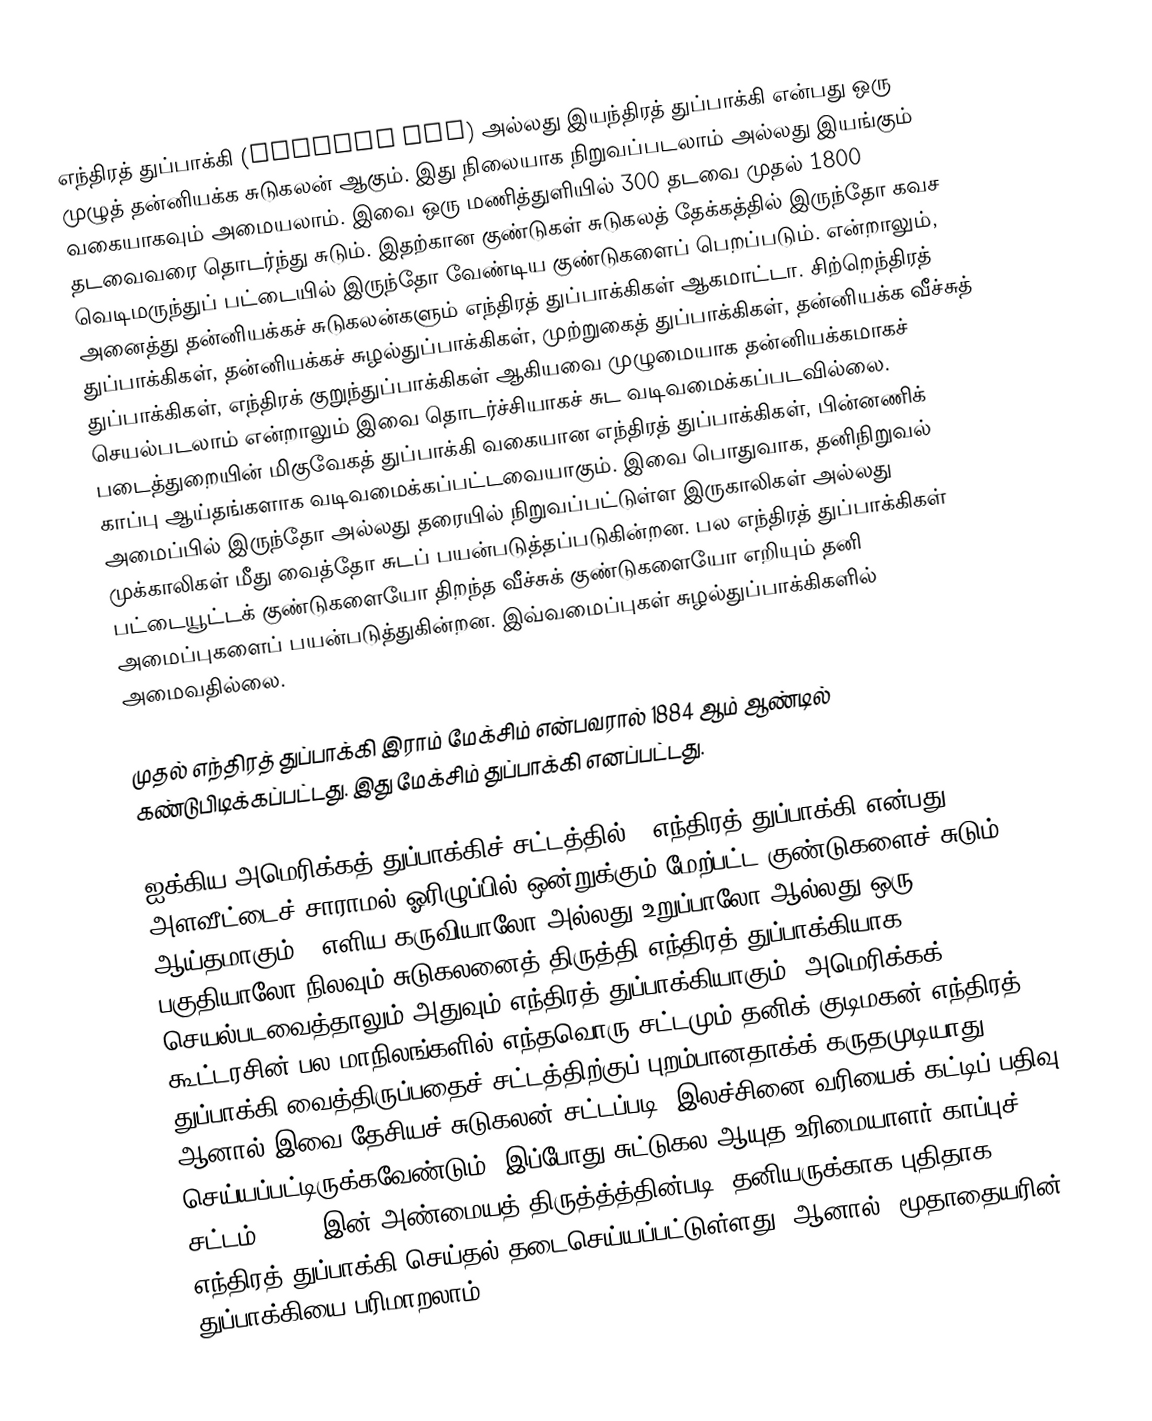
எந்திரத் துப்பாக்கி (machine gun) அல்லது இயந்திரத் துப்பாக்கி என்பது ஒரு முழுத் தன்னியக்க சுடுகலன் ஆகும். இது நிலையாக நிறுவப்படலாம் அல்லது இயங்கும் வகையாகவும் அமையலாம். இவை ஒரு மணித்துளியில் 300 தடவை முதல் 1800 தடவைவரை தொடர்ந்து சுடும். இதற்கான குண்டுகள் சுடுகலத் தேக்கத்தில் இருந்தோ கவச வெடிமருந்துப் பட்டையில் இருந்தோ வேண்டிய குண்டுகளைப் பெறப்படும்.  என்றாலும், அனைத்து தன்னியக்கச் சுடுகலன்களும் எந்திரத் துப்பாக்கிகள் ஆகமாட்டா. சிற்றெந்திரத் துப்பாக்கிகள், தன்னியக்கச் சுழல்துப்பாக்கிகள், முற்றுகைத் துப்பாக்கிகள், தன்னியக்க வீச்சுத் துப்பாக்கிகள், எந்திரக் குறுந்துப்பாக்கிகள் ஆகியவை முழுமையாக தன்னியக்கமாகச் செயல்படலாம் என்றாலும் இவை தொடர்ச்சியாகச் சுட வடிவமைக்கப்படவில்லை. படைத்துறையின் மிகுவேகத் துப்பாக்கி வகையான எந்திரத் துப்பாக்கிகள், பின்னணிக் காப்பு ஆய்தங்களாக வடிவமைக்கப்பட்டவையாகும். இவை பொதுவாக,  தனிநிறுவல் அமைப்பில் இருந்தோ அல்லது தரையில் நிறுவப்பட்டுள்ள இருகாலிகள் அல்லது முக்காலிகள் மீது வைத்தோ சுடப் பயன்படுத்தப்படுகின்றன. பல எந்திரத் துப்பாக்கிகள் பட்டையூட்டக் குண்டுகளையோ திறந்த வீச்சுக் குண்டுகளையோ எறியும் தனி அமைப்புகளைப் பயன்படுத்துகின்றன. இவ்வமைப்புகள் சுழல்துப்பாக்கிகளில் அமைவதில்லை.

முதல் எந்திரத் துப்பாக்கி இராம் மேக்சிம் என்பவரால் 1884 ஆம் ஆண்டில் கண்டுபிடிக்கப்பட்டது. இது மேக்சிம் துப்பாக்கி எனப்பட்டது.

ஐக்கிய அமெரிக்கத் துப்பாக்கிச் சட்டத்தில், "எந்திரத் துப்பாக்கி என்பது அளவீட்டைச் சாராமல் ஓரிழுப்பில் ஒன்றுக்கும் மேற்பட்ட குண்டுகளைச் சுடும் ஆய்தமாகும்." எளிய கருவியாலோ அல்லது உறுப்பாலோ  ஆல்லது ஒரு பகுதியாலோ நிலவும் சுடுகலனைத் திருத்தி எந்திரத் துப்பாக்கியாக செயல்படவைத்தாலும் அதுவும் எந்திரத் துப்பாக்கியாகும். அமெரிக்கக் கூட்டரசின் பல மாநிலங்களில் எந்தவொரு சட்டமும் தனிக் குடிமகன் எந்திரத் துப்பாக்கி வைத்திருப்பதைச் சட்டத்திற்குப் புறம்பானதாக்க் கருதமுடியாது. ஆனால் இவை தேசியச் சுடுகலன் சட்டப்படி, இலச்சினை வரியைக் கட்டிப் பதிவு செய்யப்பட்டிருக்கவேண்டும். இப்போது சுட்டுகல ஆயுத உரிமையாளர் காப்புச் சட்டம், 1986 இன் அண்மையத் திருத்த்த்தின்படி, தனியருக்காக புதிதாக எந்திரத் துப்பாக்கி செய்தல் தடைசெய்யப்பட்டுள்ளது. ஆனால், மூதாதையரின் துப்பாக்கியை பரிமாறலாம்